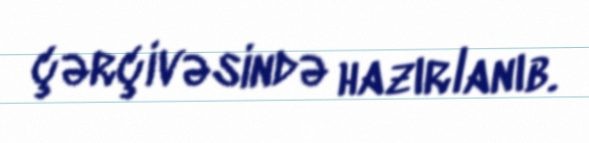
çərçivəsində hazırlanıb.